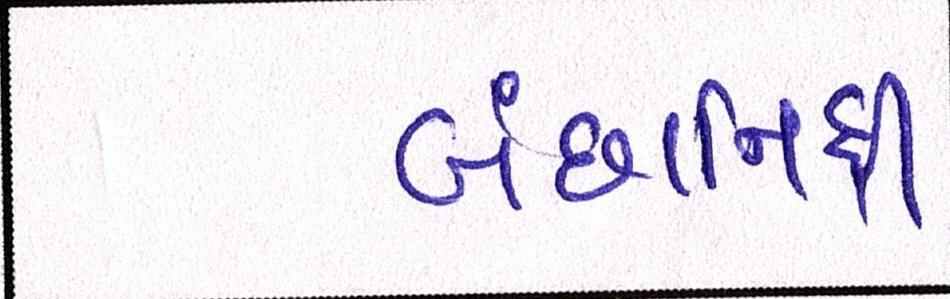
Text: બંછાનિધી